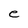
Character: e